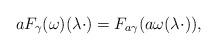
LaTeX: \begin{align*}aF_\gamma(\omega)(\lambda\cdot)=F_{a\gamma}(a\omega(\lambda\cdot)),\end{align*}